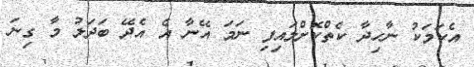
އެކަމަކު ނާހިދާ ކެތްކޮށްލައިފި ނަމަ އޭނާ އެ އެދޭ ބަދަލު މާ ގިނަ